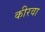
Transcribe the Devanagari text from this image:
कीरवा